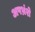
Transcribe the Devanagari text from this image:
अपभ्रंशे